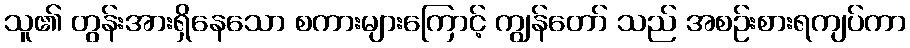
သူ၏ တွန်းအားရှိနေသော စကားများကြောင့် ကျွန်တော် သည် အစဉ်းစားရကျပ်ကာ